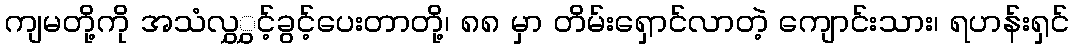
ကျမတို့ကို အသံလွှွှင့်ခွင့်ပေးတာတို့၊ ၈၈ မှာ တိမ်းရှောင်လာတဲ့ ကျောင်းသား၊ ရဟန်းရှင်